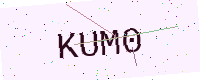
Text: KUM0